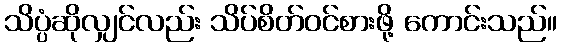
သိပ္ပံဆိုလျှင်လည်း သိပ်စိတ်ဝင်စားဖို့ ကောင်းသည်။